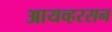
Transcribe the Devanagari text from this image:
आयव्हरसन